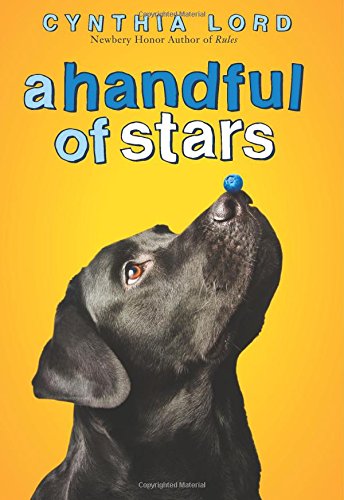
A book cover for A Handful of Stars; Cynthia Lord; Children's Books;